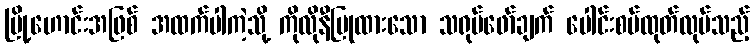
မြို့ဟောင်းအဖြစ် အထက်ပါကဲ့သို့ ကိုလိုနီပြုထားသော သရုပ်ဖော်ချက် ပေါင်းစပ်ထုတ်လုပ်သည့်